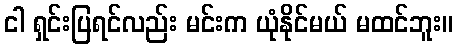
ငါ ရှင်းပြရင်လည်း မင်းက ယုံနိုင်မယ် မထင်ဘူး။